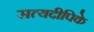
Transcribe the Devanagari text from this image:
सत्यदीपिके